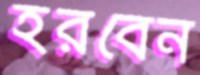
হরবেন